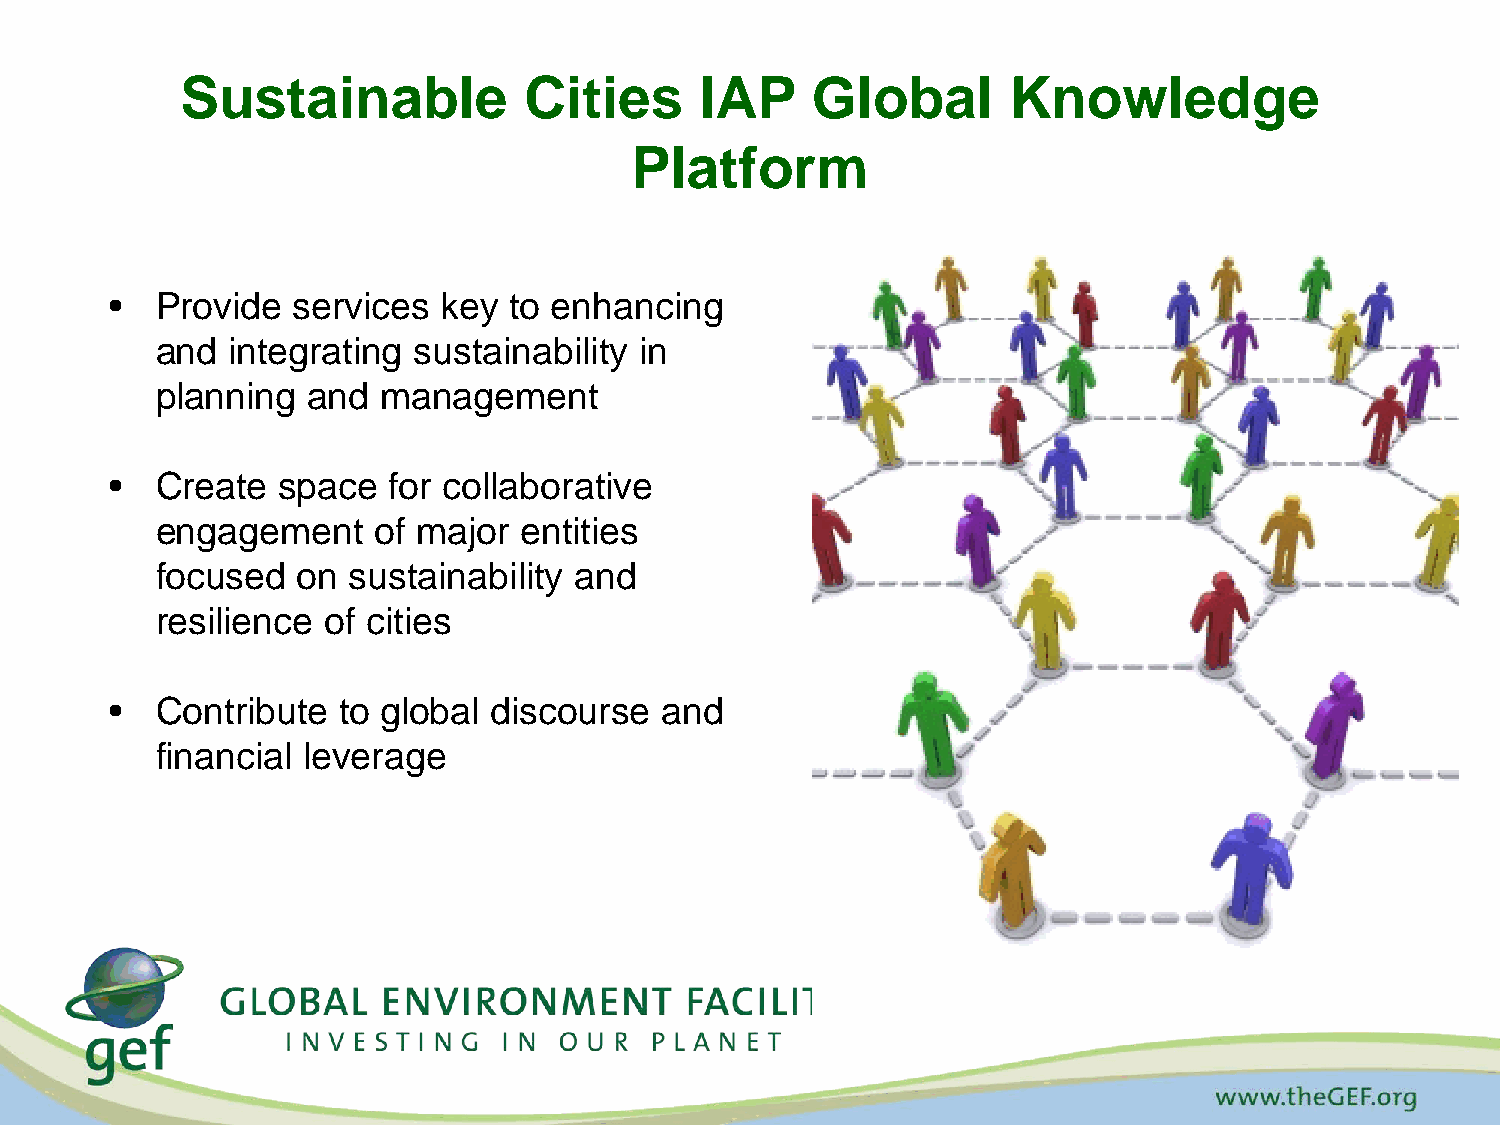
Sustainable            Cities     IAP     Global       Knowledge
 Platform
 •  Provide  services  key  to enhancing
 and  integrating sustainability in
 planning  and  management
 •  Create  space   for collaborative
 engagement     of major entities
 focused   on sustainability and
 resilience of cities
 •  Contribute  to global  discourse  and
 financial leverage